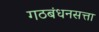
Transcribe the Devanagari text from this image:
गठबंधनसत्ता